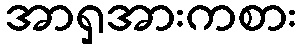
အာရှအားကစား